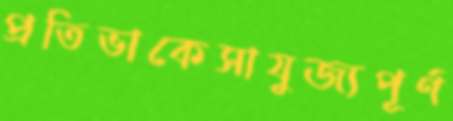
প্রতিভাকেসাযুজ্যপূর্ণ